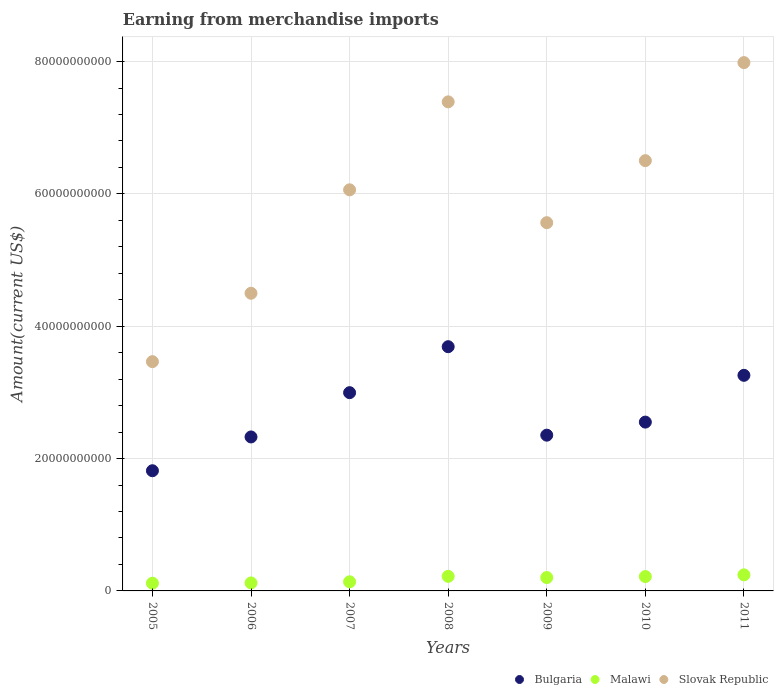
| Years | Bulgaria | Malawi | Slovak Republic |
 | --- | --- | --- | --- |
 | 2005 | 1.82e+10 | 1.17e+09 | 3.46e+10 |
 | 2006 | 2.33e+10 | 1.21e+09 | 4.5e+10 |
 | 2007 | 3e+10 | 1.38e+09 | 6.06e+10 |
 | 2008 | 3.69e+10 | 2.2e+09 | 7.39e+10 |
 | 2009 | 2.35e+10 | 2.02e+09 | 5.56e+10 |
 | 2010 | 2.55e+10 | 2.17e+09 | 6.5e+10 |
 | 2011 | 3.26e+10 | 2.43e+09 | 7.98e+10 |